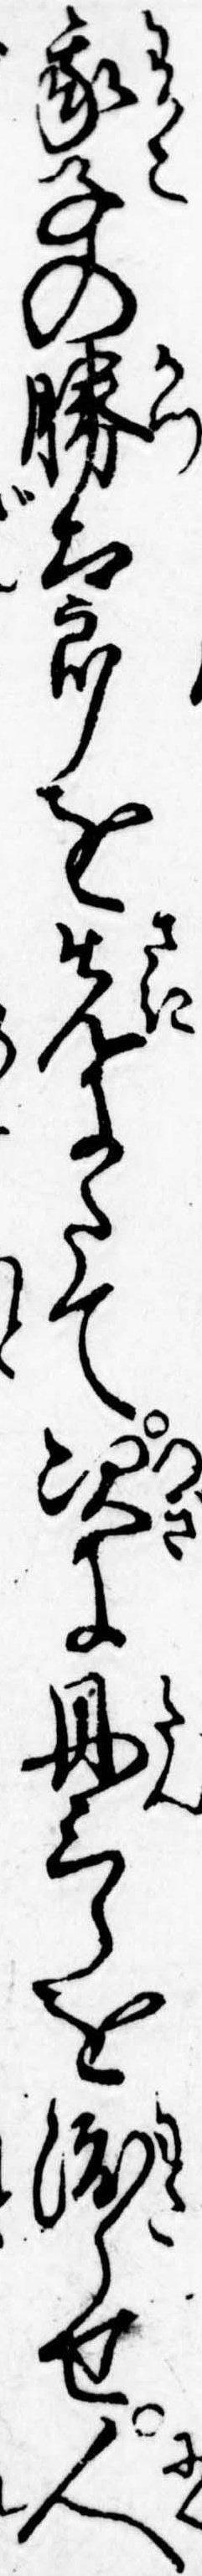
我子の勝太郎を先にたて次に丹三郎を渡らせ人